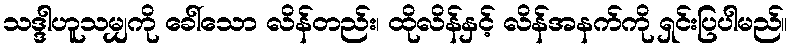
သဒ္ဒါဟူသမျှကို ခေါ်သော လိန်တည်း၊ ထိုလိန်နှင့် လိန်အနက်ကို ရှင်းပြပါမည်။